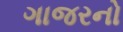
ગાજરનો